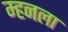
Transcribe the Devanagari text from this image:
म्हनला